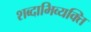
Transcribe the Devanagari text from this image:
शब्दाभिव्यक्ति